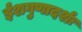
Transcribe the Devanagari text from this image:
ईशगुणादर्शः